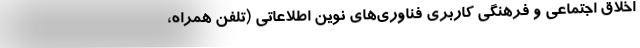
اخلاق اجتماعی و فرهنگی کاربری فناوری‌های نوین اطلاعاتی (تلفن همراه،